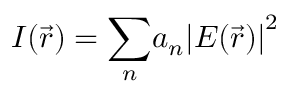
I ( \Vec { r } ) = \underset { n } { \sum } { a } _ { n } { \lvert E ( \Vec { r } ) \rvert } ^ { 2 }